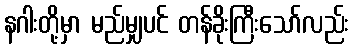
နဂါးတို့မှာ မည်မျှပင် တန်ခိုးကြီးသော်လည်း